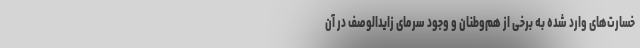
خسارت‌های وارد شده به برخی از هم‌وطنان و وجود سرمای زایدالوصف در آن